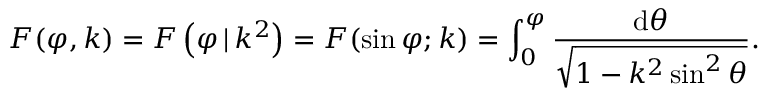
F ( \varphi , k ) = F \left( \varphi \, | \, k ^ { 2 } \right) = F ( \sin \varphi ; k ) = \int _ { 0 } ^ { \varphi } { \frac { \mathrm { d } \theta } { \sqrt { 1 - k ^ { 2 } \sin ^ { 2 } \theta } } } .